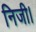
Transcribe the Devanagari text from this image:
निजी।